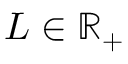
L \in \mathbb R _ { + }